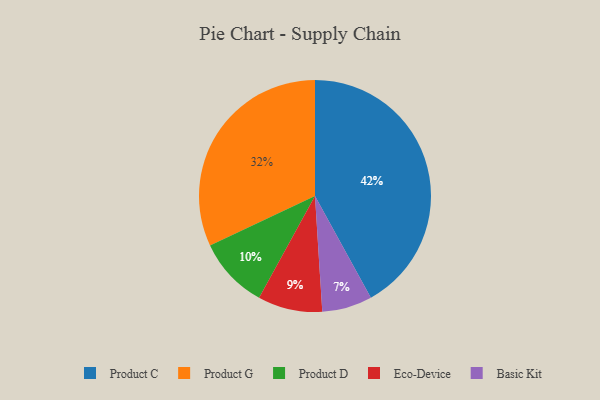
{"axis": {"x": "Category", "y": "Percentage"}, "legend": ["Basic Kit", "Eco-Device", "Product C", "Product D", "Product G"], "data": [{"x": "Product C", "y": 42, "type": "Product C"}, {"x": "Product G", "y": 32, "type": "Product G"}, {"x": "Product D", "y": 10, "type": "Product D"}, {"x": "Basic Kit", "y": 7, "type": "Basic Kit"}, {"x": "Eco-Device", "y": 9, "type": "Eco-Device"}]}